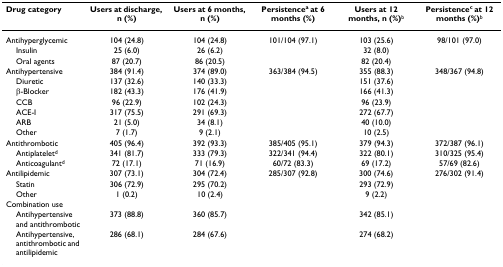
<table><thead><tr><td><b>Drug category</b></td><td><b>Users at discharge, n (%)</b></td><td><b>Users at 6 months, n (%)</b></td><td><b>Persistence<sup>a </sup>at 6 months (%)</b></td><td><b>Users at 12 months, n (%)<sup>b</sup></b></td><td><b>Persistence<sup>c </sup>at 12 months (%)<sup>b</sup></b></td></tr></thead><tbody><tr><td>Antihyperglycemic</td><td>104 (24.8)</td><td>104 (24.8)</td><td>101/104 (97.1)</td><td>103 (25.6)</td><td>98/101 (97.0)</td></tr><tr><td> Insulin</td><td>25 (6.0)</td><td>26 (6.2)</td><td></td><td>32 (8.0)</td><td></td></tr><tr><td> Oral agents</td><td>87 (20.7)</td><td>86 (20.5)</td><td></td><td>82 (20.4)</td><td></td></tr><tr><td>Antihypertensive</td><td>384 (91.4)</td><td>374 (89.0)</td><td>363/384 (94.5)</td><td>355 (88.3)</td><td>348/367 (94.8)</td></tr><tr><td> Diuretic</td><td>137 (32.6)</td><td>140 (33.3)</td><td></td><td>151 (37.6)</td><td></td></tr><tr><td> β-Blocker</td><td>182 (43.3)</td><td>176 (41.9)</td><td></td><td>166 (41.3)</td><td></td></tr><tr><td> CCB</td><td>96 (22.9)</td><td>102 (24.3)</td><td></td><td>96 (23.9)</td><td></td></tr><tr><td> ACE-I</td><td>317 (75.5)</td><td>291 (69.3)</td><td></td><td>272 (67.7)</td><td></td></tr><tr><td> ARB</td><td>21 (5.0)</td><td>34 (8.1)</td><td></td><td>40 (10.0)</td><td></td></tr><tr><td> Other</td><td>7 (1.7)</td><td>9 (2.1)</td><td></td><td>10 (2.5)</td><td></td></tr><tr><td>Antithrombotic</td><td>405 (96.4)</td><td>392 (93.3)</td><td>385/405 (95.1)</td><td>379 (94.3)</td><td>372/387 (96.1)</td></tr><tr><td> Antiplatelet<sup>d</sup></td><td>341 (81.7)</td><td>333 (79.3)</td><td>322/341 (94.4)</td><td>322 (80.1)</td><td>310/325 (95.4)</td></tr><tr><td> Anticoagulant<sup>d</sup></td><td>72 (17.1)</td><td>71 (16.9)</td><td>60/72 (83.3)</td><td>69 (17.2)</td><td>57/69 (82.6)</td></tr><tr><td>Antilipidemic</td><td>307 (73.1)</td><td>304 (72.4)</td><td>285/307 (92.8)</td><td>300 (74.6)</td><td>276/302 (91.4)</td></tr><tr><td> Statin</td><td>306 (72.9)</td><td>295 (70.2)</td><td></td><td>293 (72.9)</td><td></td></tr><tr><td> Other</td><td>1 (0.2)</td><td>10 (2.4)</td><td></td><td>9 (2.2)</td><td></td></tr><tr><td>Combination use</td><td></td><td></td><td></td><td></td><td></td></tr><tr><td> Antihypertensive and antithrombotic</td><td>373 (88.8)</td><td>360 (85.7)</td><td></td><td>342 (85.1)</td><td></td></tr><tr><td> Antihypertensive, antithrombotic and antilipidemic</td><td>286 (68.1)</td><td>284 (67.6)</td><td></td><td>274 (68.2)</td><td></td></tr></tbody></table>